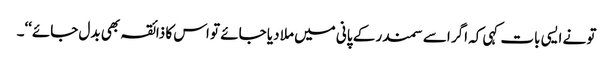
تو نے ایسی بات کہی کہ اگر اسے سمندر کے پانی میں ملا دیا جائے تو اس کا ذائقہ بھی بدل جائے‘‘۔